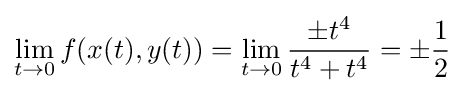
\lim _{t\to 0}f(x(t),y(t))=\lim _{t\to 0}{\frac {\pm t^{4}}{t^{4}+t^{4}}}=\pm {\frac {1}{2}}